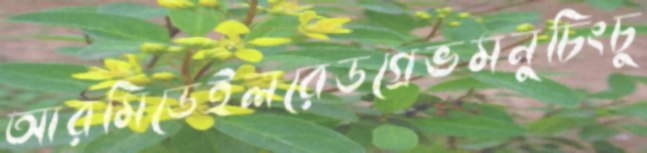
আরমিডেইলরেডগ্রেভমনুচিংচু